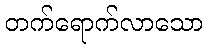
တက်ရောက်လာသော